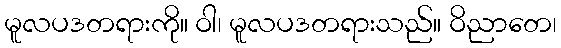
မူလပဒတရားကို။ ဝါ၊ မူလပဒတရားသည်။ ဝိညာတေ၊